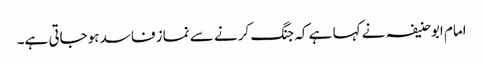
امام ابوحنیفہ نے کہا ہے کہ جنگ کرنے سے نماز فاسد ہوجاتی ہے۔